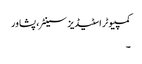
کمپیوٹر اسٹیڈیز سینٹر، پشاور
۔